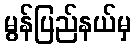
မွန်ပြည်နယ်မှ